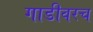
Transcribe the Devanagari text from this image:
गाडीवरच